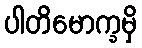
ပါတိမောက္ခမှိ